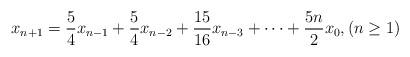
LaTeX: \begin{align*}x_{n+1}= \frac{5}{4}x_{n-1}+\frac{5}{4}x_{n-2}+\frac{15}{16}x_{n-3}+\cdots+\frac{5n}{2}x_0, (n\geq 1)\end{align*}